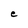
Character: e